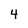
Character: 4